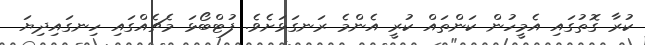
ކުރާ ގޮތުގައި އެމީހުން ކަންތައް ކުރީ އެންމެ ރަނގަޅަށެވެ. ފުޓްބޯޅަ މެޗެއްގައި ހިނގައިދިޔަ